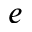
e